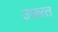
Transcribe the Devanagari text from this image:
उछरत